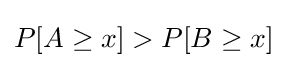
P[A\geq x]>P[B\geq x]